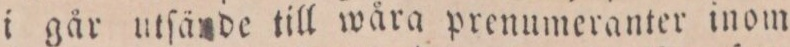
i går utſände till wåra prenumeranter inom